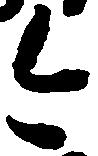
今